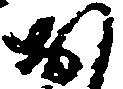
お